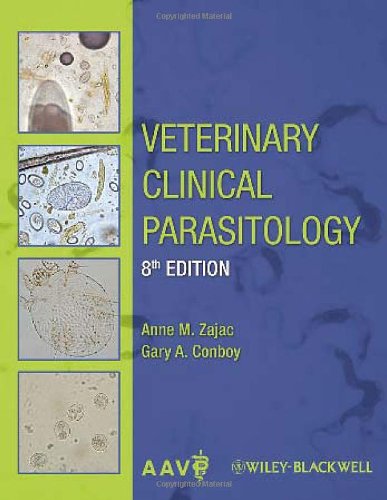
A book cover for Veterinary Clinical Parasitology; Medical Books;